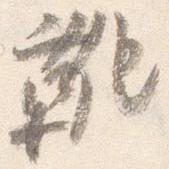
靴